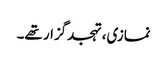
نمازی، تہجدگزار تھے۔